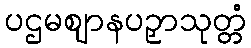
ပဌမဈာနပဉှာသုတ္တံ